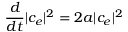
\frac { d } { d t } | c _ { e } | ^ { 2 } = 2 a | c _ { e } | ^ { 2 }